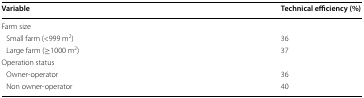
| Variable | Technical efficiency (%) |
 | --- | --- |
 | <COLSPAN=2> Farm size |
 | Small farm (<999 m2) | 36 |
 | Large farm (≥1000 m2) | 37 |
 | <COLSPAN=2> Operation status |
 | Owner-operator | 36 |
 | Non owner-operator | 40 |